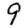
Digit: 9